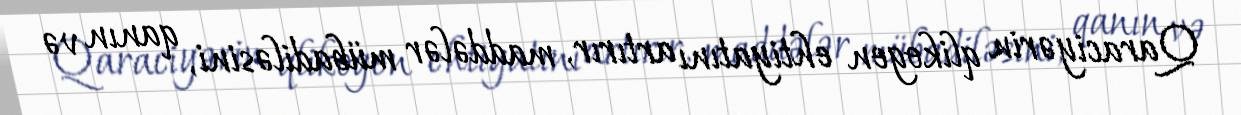
Qaraciyərin qlikogen ehtiyatını artırır, maddələr mübadiləsini, qanın və